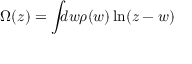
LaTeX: \Omega ( z ) = \int _ { \c C } d w \rho ( w ) \ln ( z - w )